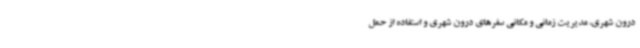
درون شهری، مدیریت زمانی و مکانی سفرهای درون شهری و استفاده از حمل